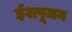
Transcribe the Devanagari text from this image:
ईशपूजन